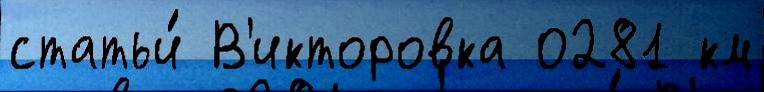
статьи́ В'икторовка 0281 км